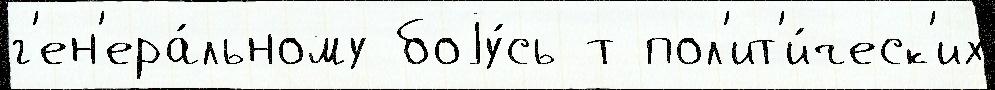
г'ен'ера́льному боjу́сь т пол'ит'и́ческ'их